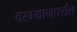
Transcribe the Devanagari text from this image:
दरम्यानपर्यंत